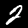
Label: 2